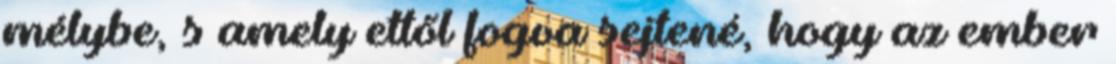
mélybe, s amely ettől fogva sejtené, hogy az ember